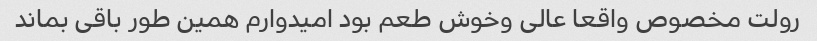
رولت مخصوص واقعا عالی وخوش طعم بود امیدوارم همین طور باقی بماند